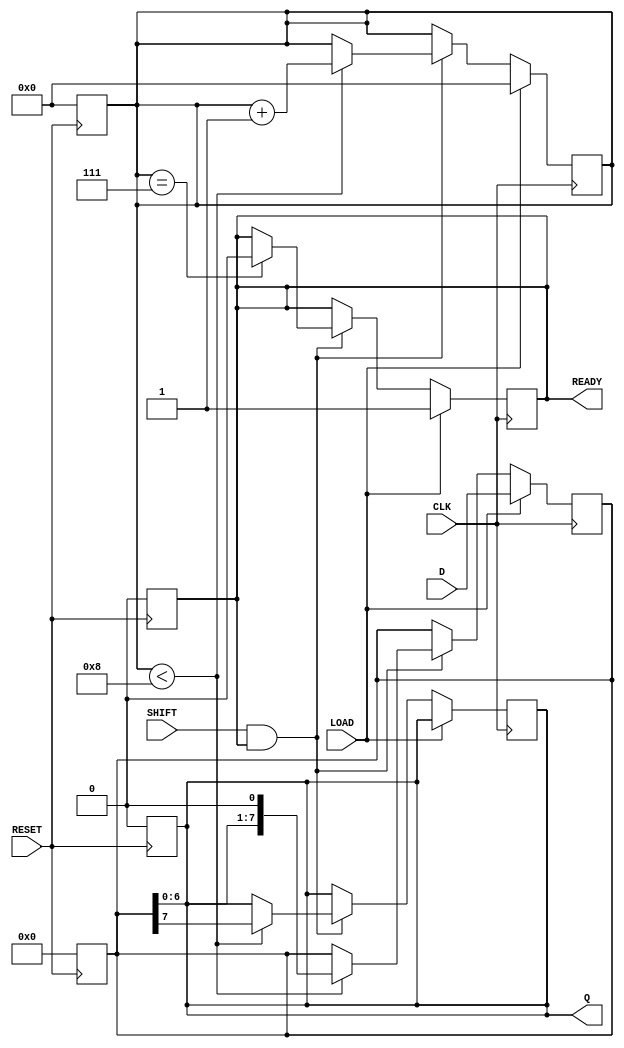
module PISO_Register #(
    parameter WIDTH = 8 // Parameter for the width of the data input
)(
    input  wire [WIDTH-1:0] D,    // Parallel data input
    input  wire LOAD,               // Load control signal
    input  wire CLK,                // Clock signal
    input  wire SHIFT,              // Shift control signal
    input  wire RESET,              // Asynchronous reset
    output reg  Q,                  // Serial output
    output reg  READY               // Data ready signal
);

    reg [WIDTH-1:0] shift_reg;      // Shift register to hold the data
    reg [3:0] count;                // Counter for tracking the number of bits shifted out

    // Asynchronous reset
    always @(posedge RESET) begin
        shift_reg <= {WIDTH{1'b0}};  // Clear the shift register
        Q <= 1'b0;                   // Clear the serial output
        READY <= 1'b0;               // Clear the ready signal
        count <= 4'b0;               // Clear the count
    end

    // Edge-triggered behavior on the clock
    always @(posedge CLK) begin
        if (LOAD) begin
            shift_reg <= D;          // Load data into the shift register
            READY <= 1'b1;           // Assert ready signal when data is loaded
            count <= 4'b0;           // Reset the count
        end
        else if (SHIFT && READY) begin
            if (count < WIDTH) begin
                Q <= shift_reg[WIDTH-1]; // Output the MSB
                shift_reg <= shift_reg << 1; // Shift left
                count <= count + 1;     // Increment the count
            end
            if (count == WIDTH-1) begin
                READY <= 1'b0;          // Deassert ready signal after shifting out all bits
            end
        end
    end

endmodule